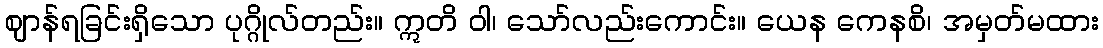
ဈာန်ရခြင်းရှိသော ပုဂ္ဂိုလ်တည်း။ ဣတိ ဝါ၊ သော်လည်းကောင်း။ ယေန ကေနစိ၊ အမှတ်မထား